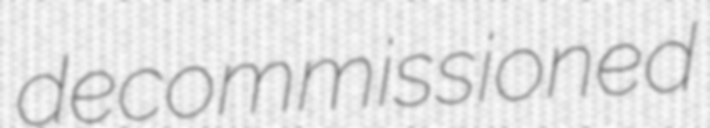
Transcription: decommissioned